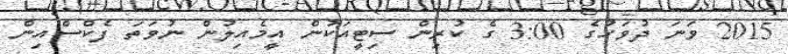
2015 ވަނަ ދުވަހުގެ 3:00 ގެ ކުރިން ސިޓީއަކުން އީމެއިލުން ނުވަތަ ފެކްސްއިން